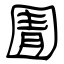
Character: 圊